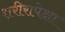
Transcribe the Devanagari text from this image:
शरीरापेक्षा